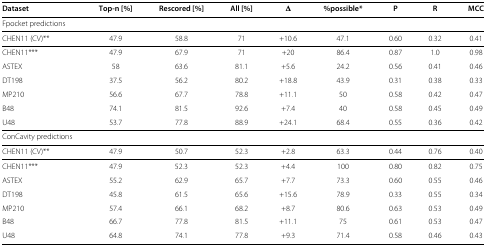
| Dataset | Top-n [%] | Rescored [%] | All [%] | Δ | %possible* | P | R | MCC |
 | --- | --- | --- | --- | --- | --- | --- | --- | --- |
 | <COLSPAN=9> Fpocket predictions |
 | CHEN11 (CV)** | 47.9 | 58.8 | 71 | +10.6 | 47.1 | 0.60 | 0.32 | 0.41 |
 | CHEN11*** | 47.9 | 67.9 | 71 | +20 | 86.4 | 0.87 | 1.0 | 0.98 |
 | ASTEX | 58 | 63.6 | 81.1 | +5.6 | 24.2 | 0.56 | 0.41 | 0.46 |
 | DT198 | 37.5 | 56.2 | 80.2 | +18.8 | 43.9 | 0.31 | 0.38 | 0.33 |
 | MP210 | 56.6 | 67.7 | 78.8 | +11.1 | 50 | 0.58 | 0.42 | 0.47 |
 | B48 | 74.1 | 81.5 | 92.6 | +7.4 | 40 | 0.58 | 0.45 | 0.49 |
 | U48 | 53.7 | 77.8 | 88.9 | +24.1 | 68.4 | 0.55 | 0.36 | 0.42 |
 | <COLSPAN=9> ConCavity predictions |
 | CHEN11 (CV)** | 47.9 | 50.7 | 52.3 | +2.8 | 63.3 | 0.44 | 0.76 | 0.40 |
 | CHEN11*** | 47.9 | 52.3 | 52.3 | +4.4 | 100 | 0.80 | 0.82 | 0.75 |
 | ASTEX | 55.2 | 62.9 | 65.7 | +7.7 | 73.3 | 0.60 | 0.55 | 0.46 |
 | DT198 | 45.8 | 61.5 | 65.6 | +15.6 | 78.9 | 0.33 | 0.55 | 0.34 |
 | MP210 | 57.4 | 66.1 | 68.2 | +8.7 | 80.6 | 0.63 | 0.53 | 0.49 |
 | B48 | 66.7 | 77.8 | 81.5 | +11.1 | 75 | 0.61 | 0.53 | 0.47 |
 | U48 | 64.8 | 74.1 | 77.8 | +9.3 | 71.4 | 0.58 | 0.46 | 0.43 |